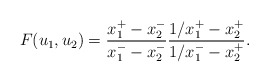
\begin{align*}F(u_1,u_2)=\frac{x_1^+ - x_2^-}{x_1^- - x_2^-}\frac{1/x_1^+ - x_2^+}{1/x_1^- - x_2^+}.\end{align*}